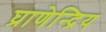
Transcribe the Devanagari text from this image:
घ्राणेन्द्रिय